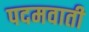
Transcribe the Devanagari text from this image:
पदमवाती